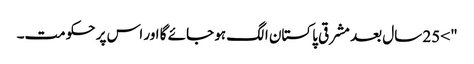
"> 25 سال بعد مشرقی پاکستان الگ ہو جائے گا اور اس پر حکومت۔